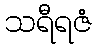
သရီရဇံ